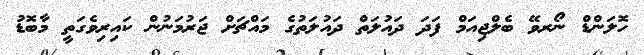
ހޮލަންޑް ނޯރވޭ ބެލްޖިއަމް ފަދަ ދައުލަތް ދައުލަތުގެ މައްޗަށް ޖަރުމަނުން ކައިރިވެގަތީ މާބޮޑު